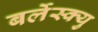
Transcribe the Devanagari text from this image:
बर्लेस्क्यु